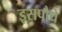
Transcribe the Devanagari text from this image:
इसपौधे